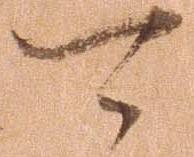
可